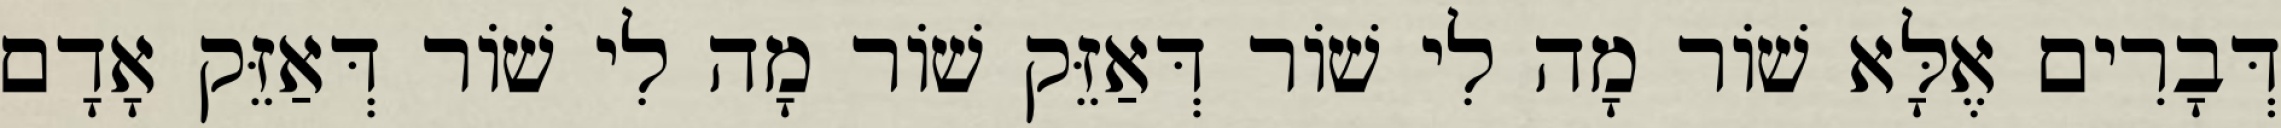
דְּבָרִים אֶלָּא שׁוֹר מָה לִי שׁוֹר דְּאַזֵּק שׁוֹר מָה לִי שׁוֹר דְּאַזֵּק אָדָם